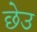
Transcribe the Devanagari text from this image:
छेउ